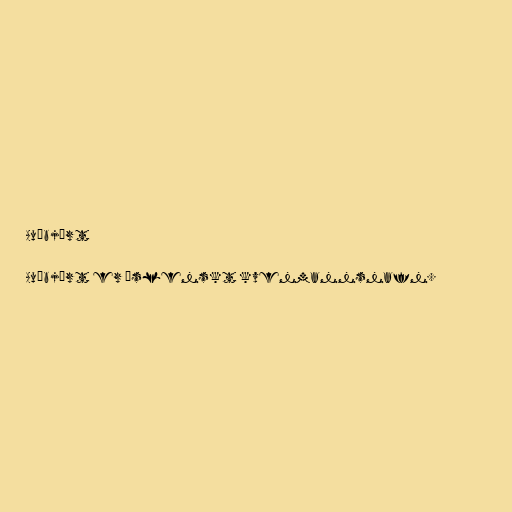
Auðbjört

Auðbjört er íslenskt kvenmannsnafn.